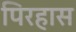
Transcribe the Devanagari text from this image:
पिरहास